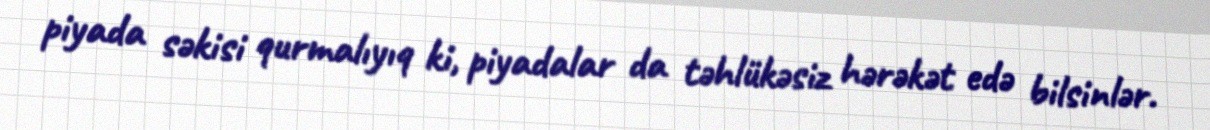
piyada səkisi qurmalıyıq ki, piyadalar da təhlükəsiz hərəkət edə bilsinlər.